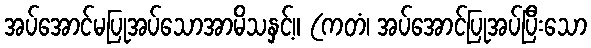
အပ်အောင်မပြုအပ်သောအာမိသနှင့်။ (ကတံ၊ အပ်အောင်ပြုအပ်ပြီးသော